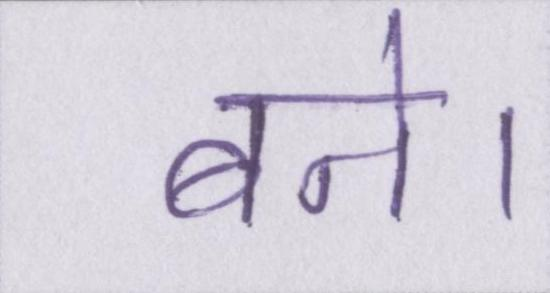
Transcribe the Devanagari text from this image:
बने।